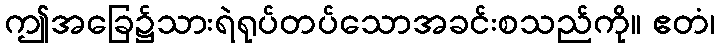
ဤအခြေ၌သားရဲရုပ်တပ်သောအခင်းစသည်ကို။ ဧတံ၊